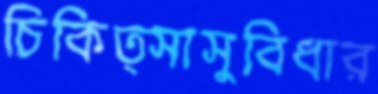
চিকিত্সাসুবিধার